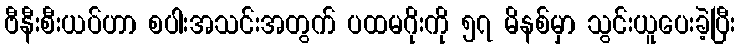
ဗီနီးစီးယပ်ဟာ စပါးအသင်းအတွက် ပထမဂိုးကို ၅၇ မိနစ်မှာ သွင်းယူပေးခဲ့ပြီး